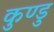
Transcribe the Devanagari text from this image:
कुण्डु